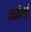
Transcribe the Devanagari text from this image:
त्‍यांनां